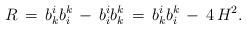
LaTeX: \begin{align*}R\,=\,b^i_kb_i^k\,-\,b_i^ib_k^k\,=\,b_k^ib_i^k\,-\,4\,H^2.\end{align*}